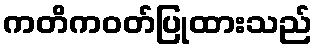
ကတိကဝတ်ပြုထားသည်